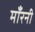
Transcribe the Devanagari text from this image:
माँरनी